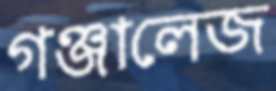
গঞ্জালেজ